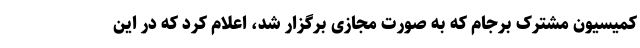
کمیسیون مشترک برجام که به صورت مجازی برگزار شد، اعلام کرد که در این